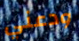
ودعني